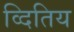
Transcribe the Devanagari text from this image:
व्दितिय